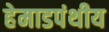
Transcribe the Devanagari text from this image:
हेमाडपंथीय